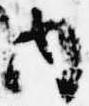
内